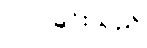
လုပ်ခြင်းသည်